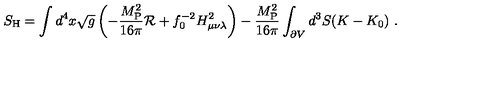
S _ { \mathrm { H } } = \int d ^ { 4 } x \sqrt g \left( - { \frac { M _ { \mathrm { P } } ^ { 2 } } { 1 6 \pi } } { \cal R } + f _ { 0 } ^ { - 2 } H _ { \mu \nu \lambda } ^ { 2 } \right) - { \frac { M _ { \mathrm { P } } ^ { 2 } } { 1 6 \pi } } \int _ { \partial V } d ^ { 3 } S ( K - K _ { 0 } ) \ .